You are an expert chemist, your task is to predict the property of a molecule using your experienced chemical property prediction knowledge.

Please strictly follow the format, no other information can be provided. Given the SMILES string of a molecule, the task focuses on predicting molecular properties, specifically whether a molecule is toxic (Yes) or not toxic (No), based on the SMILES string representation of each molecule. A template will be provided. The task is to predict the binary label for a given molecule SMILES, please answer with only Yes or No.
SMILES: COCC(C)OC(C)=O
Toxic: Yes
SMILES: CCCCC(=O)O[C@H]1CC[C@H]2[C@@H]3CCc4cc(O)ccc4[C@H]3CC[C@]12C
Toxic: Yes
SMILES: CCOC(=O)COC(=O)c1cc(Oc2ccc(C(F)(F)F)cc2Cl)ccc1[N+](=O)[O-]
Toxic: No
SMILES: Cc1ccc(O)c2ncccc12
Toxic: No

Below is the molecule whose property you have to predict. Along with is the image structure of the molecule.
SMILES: [O-]c1ccccc1
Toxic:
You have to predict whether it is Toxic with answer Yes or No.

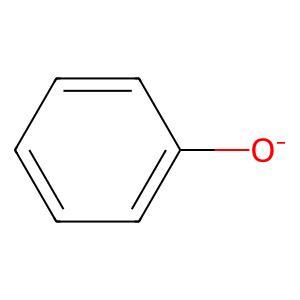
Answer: No